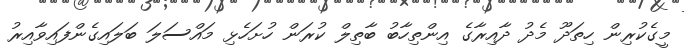
މީގެކުރިން ހިތަދޫ މެދު ދާއިރާގެ އިންތިހާބު ބާތިލް ކުރަން ހުށަހެޅި މައްސަލަ ބަލައިގެންފައިވާއިރު